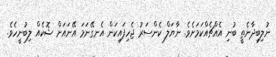
ނުލިބިދާނެތީ ބުނި އެއްޗެއްކަމަށެވެ. ނާޔަލް ކެންސަރު ޖެހިފައިކަން އެނގޭނަމަ އޭނައަށް ޝޮކެއް ލިބުނީހެވެ.